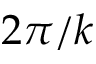
2 \pi / k